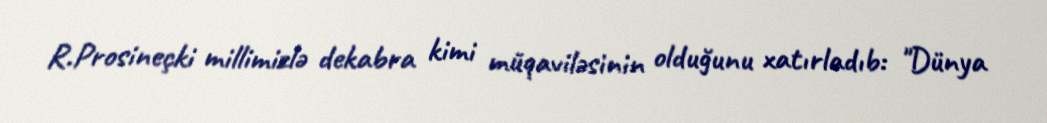
R.Prosineçki millimizlə dekabra kimi müqaviləsinin olduğunu xatırladıb: "Dünya